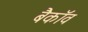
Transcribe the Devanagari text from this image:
बैकॉव